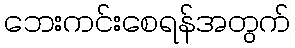
ဘေးကင်းစေရန်အတွက်